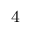
^ { \mathrm { 4 } }